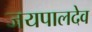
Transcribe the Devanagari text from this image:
जयपालदेव